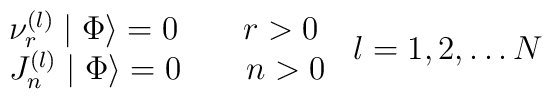
\begin{array}{l}\nu _r^{\left( l\right) }\mid \Phi \rangle =0\qquad r>0 \\J_n^{\left( l\right) }\mid \Phi \rangle =0\qquad n>0\end{array}\begin{array}{c}l=1,2,\ldots N \\\end{array}